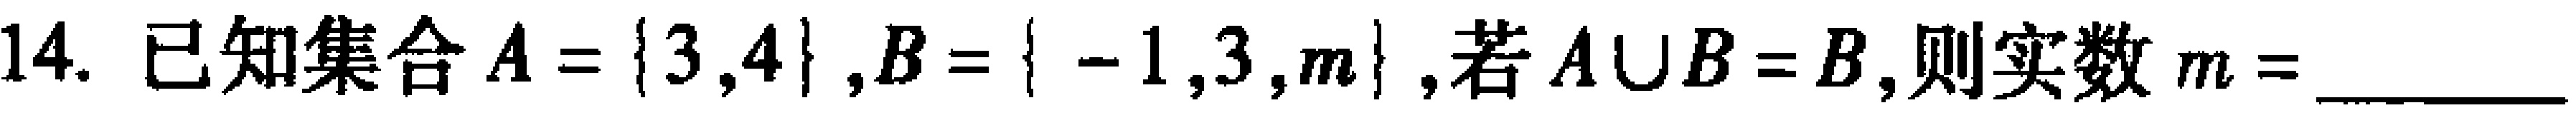
14. 已知集合$A = \{3,4\},B = \{ - 1,3,m\}$,若$A\cup B = B$,则实数$m =$________